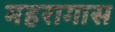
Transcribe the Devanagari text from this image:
महरागास